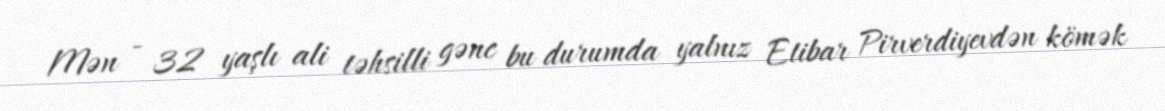
Mən - 32 yaşlı ali təhsilli gənc bu durumda yalnız Etibar Pirverdiyevdən kömək